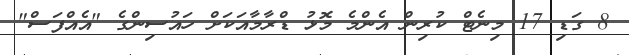
8 ގަޑި 17 މިނެޓް ކުރިން އެންމެ މޮޅު ޑްރާމާއަކަށް ހައުސިންގެ "އެއްފަސް"